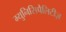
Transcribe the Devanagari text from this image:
म्युनिसिपैलिटीज़